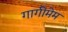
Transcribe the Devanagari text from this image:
गागीमेम